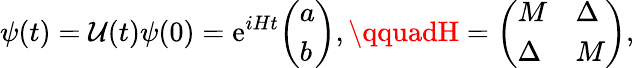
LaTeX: \psi(t)=\mathcal{U}(t)\psi(0)=\mathrm{{{e}}}^{iHt}{\left(\begin{array}{l}{a}\\ {b}\end{array}\right)},\qquadH={\left(\begin{array}{ll}{M}&{\Delta}\\ {\Delta}&{M}\end{array}\right)},